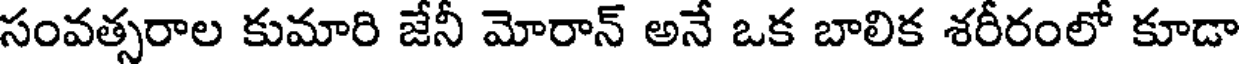
సంవత్సరాల కుమారి జేనీ మోరాన్ అనే ఒక బాలిక శరీరంలో కూడా